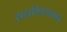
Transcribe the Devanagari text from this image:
सदाशिवगडाकडे